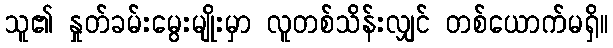
သူ၏ နှုတ်ခမ်းမွေးမျိုးမှာ လူတစ်သိန်းလျှင် တစ်ယောက်မရှိ။